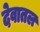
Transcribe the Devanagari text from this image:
देवातल